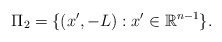
\begin{align*}\Pi_{2}= \{(x',-L): x'\in\mathbb{R}^{n-1}\}.\end{align*}